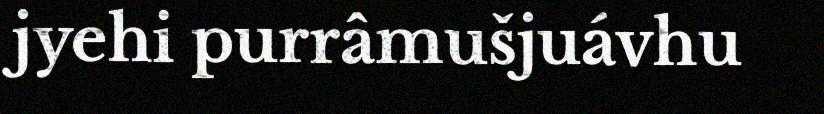
jyehi purrâmušjuávhu